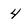
Character: 4